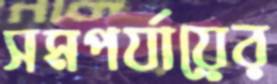
সমপর্যায়ের